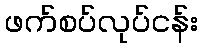
ဖက်စပ်လုပ်ငန်း